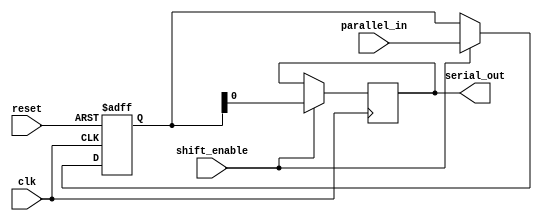
module PISO_shift_register (
    input wire clk,
    input wire [N-1:0] parallel_in,
    input wire shift_enable,
    input wire reset,
    output reg serial_out
);

parameter N = 8; // Number of flip-flops

reg [N-1:0] shift_reg;

always @ (posedge clk or posedge reset) begin
    if (reset) begin
        shift_reg <= 0;
    end else if (shift_enable) begin
        shift_reg <= {shift_reg[N-2:0], parallel_in};
    end
end

always @ (posedge clk) begin
    if (shift_enable) begin
        serial_out <= shift_reg[0];
    end
end

endmodule